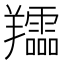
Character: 𦏪